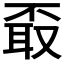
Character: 𦕪